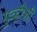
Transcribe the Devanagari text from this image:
मुव्हीशी